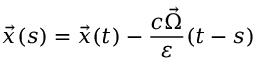
\vec { x } ( s ) = \vec { x } ( t ) - \frac { c \vec { \Omega } } { \varepsilon } ( t - s )